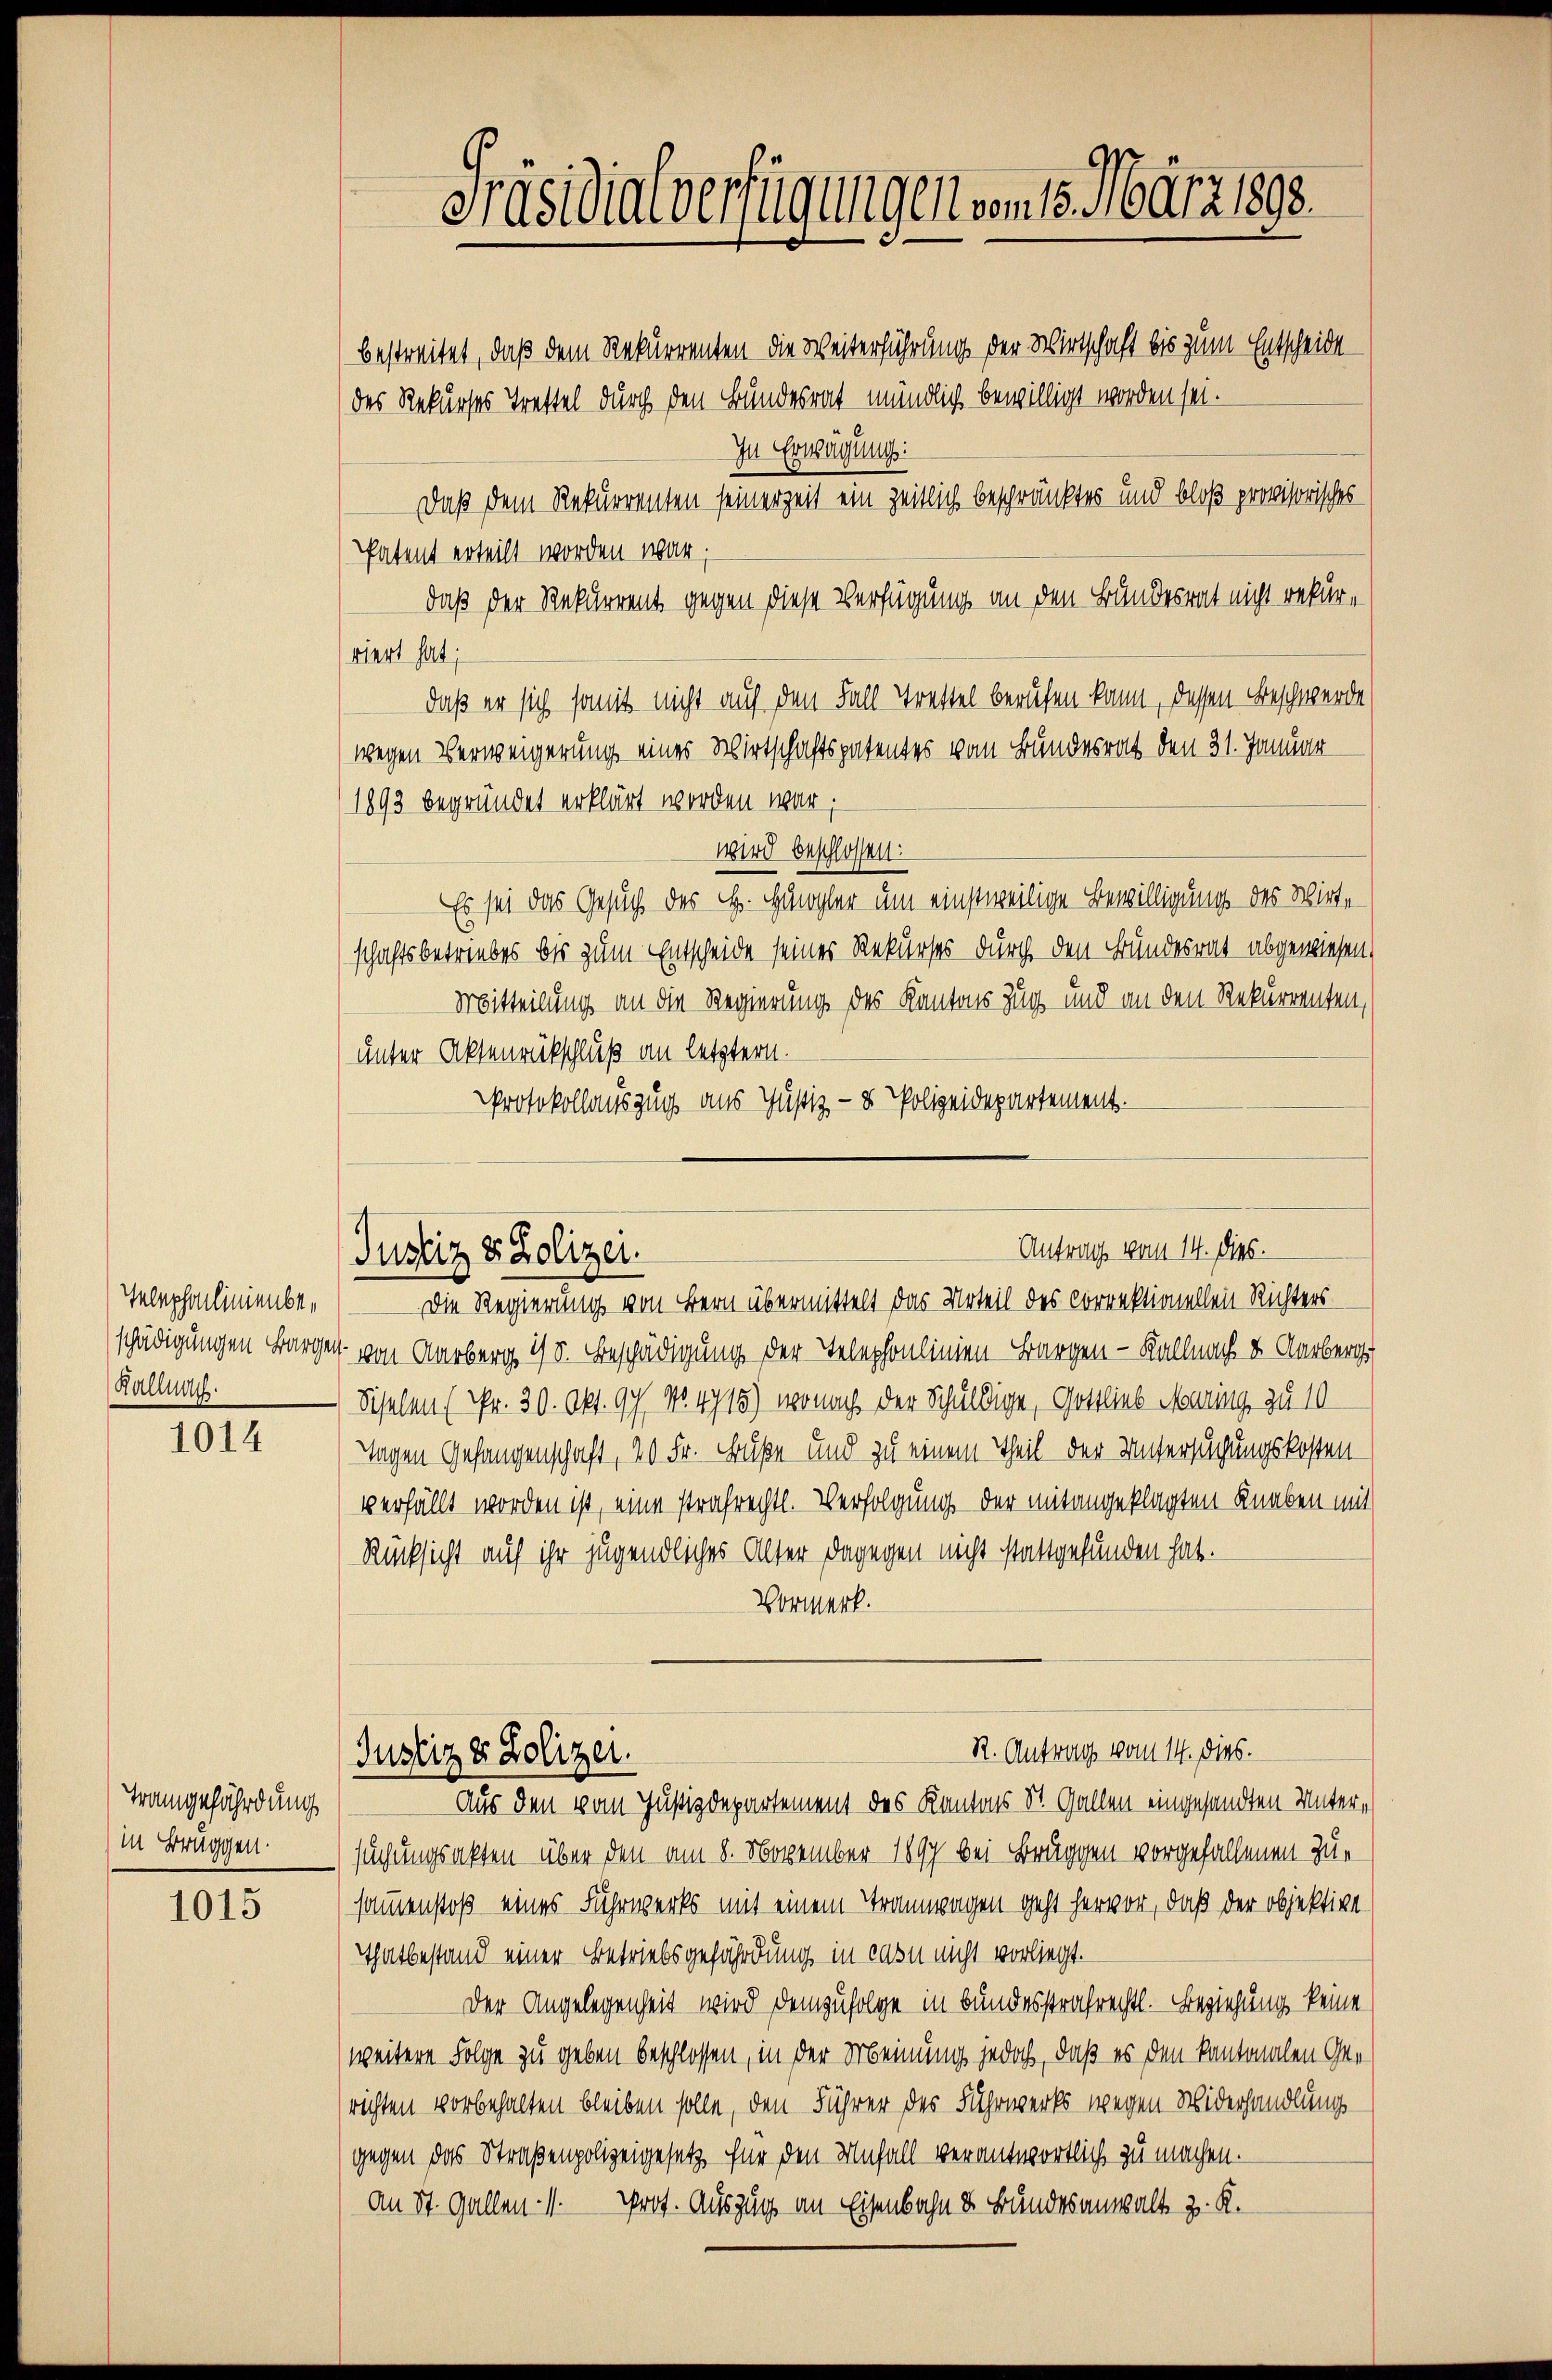
Telephonlinienbe¬
Kalnach

1014

Trangefährdung
in Bruggen.

1015

Präsidialverfügungen vom 15. März 1898.
bestreitet, daß dem Rekurrenten die Weiterführung der Wirtschaft bis zum Entscheide

des Rekurses Trettel durch den Bundesrat mündlich bewilligt worden sei.
In Erwägung:
Daß dem Rekurrenten seinerzeit ein zeitlich beschränktes und bloß provisorisches
Patent erteilt worden war;
daß der Rekurrent gegen diese Verfügung an den Bundesrat nicht rekurviert hat;
daß er sich somit nicht auf den Fall Trettel berufen kann, dessen Beschwerde
wegen Verweigerung eines Wirtschaftspatentes vom Bundesrat den 31. Januar
1893 begründet erklärt worden war;
wird beschlossen:
Es sei das Gesuch des H. Hangler um einstweilige Bewilligung des Wirte
schaftsbetriebes bis zum Entscheide seines Rekurses durch den Bundesrat abgewiesen,
Mitteilung an die Regierung des Kantons Zug und an den Rekurrenten,
unter Aktenrückschluß an letztern.
Protokollauszug aus Justiz- & Polizeidepartement.

Antrag vom 14. dies.
Justiz & Polizei.

Die Regierung von Bern übermittelt das Urteil des Correktionellein Richters
schädigungen Bargen von Aarberg 15. Beschädigung der Telephonlinien Bargen - Kallnach & Aarberge
Schelen (Nr. 30. Okt. 97. No. 4715) wonach der Schuldige, Gottlieb Maring zu 10
Tagen Gefangenschaft, 20 Fr. Grüße und zu einem Theil der Untersuchungskostenverfällt worden ist, eine strafrechtl. Verfolgung der mitangeklagten Knaben mit
Rücksicht auf ihr jugendliches Alter dagegen nicht stattgefunden hat.
Vormerk.
R. Antrag vom 14. dies.
Justiz & Polizei.
Aus den vom Justizdepartement des Kantons St. Gallen eingesandten Untersuchungsakten über den am 8. November 1897 bei Bruggen vorgefallenen Zusamenstoß eines Fuhrwerks mit einem Trannwagen geht hervor, daß der objektive
Thatbestand einer Betriebsgefährdung in casu nicht vorliegt.
Der Angelegenheit wird demzufolge in Bundesstrafrechtl. Beziehung keine
(weitere Folge zu geben beschlossen, in der Meinung jedoch, daß es den kantonalen Gerichten vorbehalten bleiben solle, den Führer des Fuhrwerks wegen Widerhandlung
gegen das Straßenpolizeigesetz für den Unfall verantwortlich zu machen.
an St. Gallen- V. Prof. Auszug an Eisenbahn u. Bundesanwalt z. K.